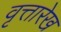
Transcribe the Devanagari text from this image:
वृत्तारेख